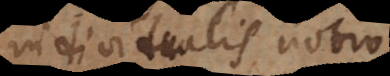
individualis notio